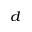
_ d